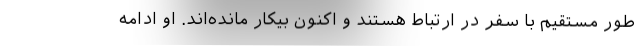
طور مستقیم با سفر در ارتباط هستند و اکنون بیکار مانده‌اند. او ادامه